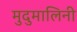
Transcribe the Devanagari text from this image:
मुदुमालिनी